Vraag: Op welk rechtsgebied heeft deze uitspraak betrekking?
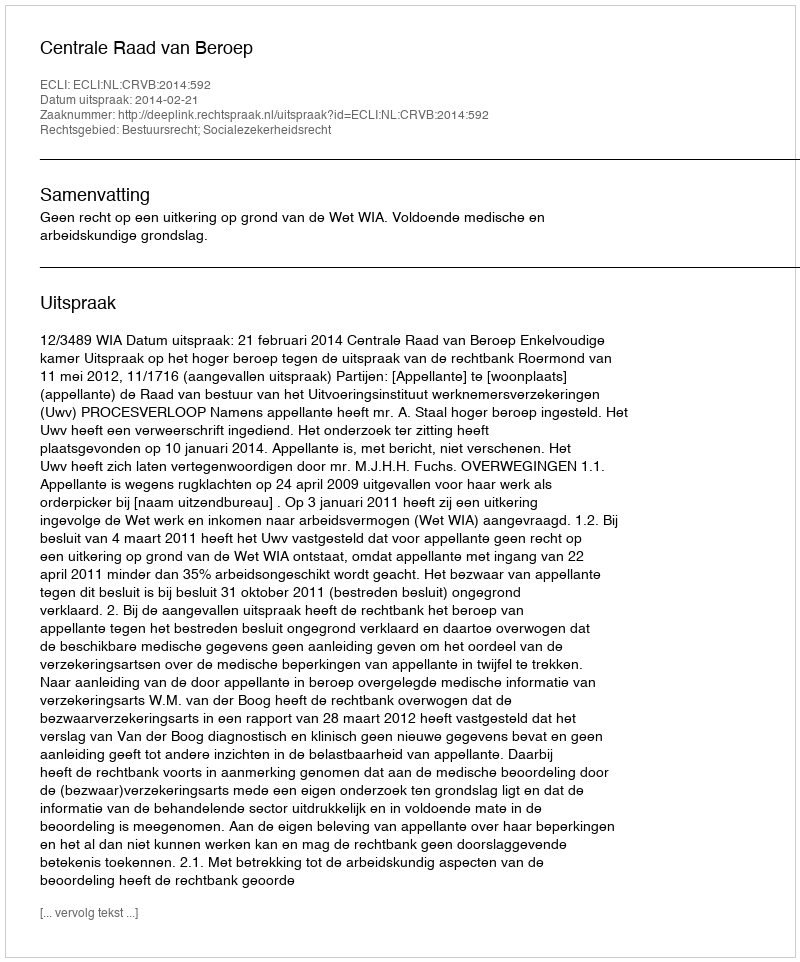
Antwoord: Bestuursrecht; Socialezekerheidsrecht